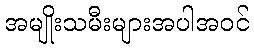
အမျိုးသမီးများအပါအဝင်